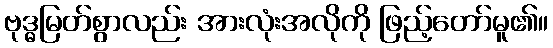
ဗုဒ္ဓမြတ်စွာလည်း အားလုံးအလိုကို ဖြည့်တော်မူ၏။